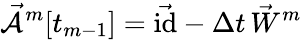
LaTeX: \mathcal{\vec{A}}^{m}[t_{m-1}]=\vec{\mathrm{id}}-\Delta t\, \vec{W}^{m}